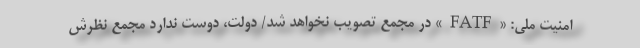
امنیت ملی: «FATF» در مجمع تصویب نخواهد شد/ دولت، دوست ندارد مجمع نظرش